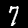
Digit: 7